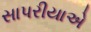
સાપરીયાએ